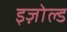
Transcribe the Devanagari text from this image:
इज़ोल्ड